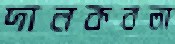
দানকবলা